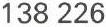
138 226